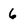
Character: 6